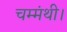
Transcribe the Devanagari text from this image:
चम्मंथी।